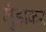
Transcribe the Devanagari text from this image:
मुँड़ाकर